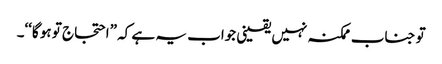
تو جناب ممکنہ نہیں یقینی جواب یہ ہے کہ ”احتجاج تو ہو گا‘‘۔